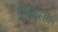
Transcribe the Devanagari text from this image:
मिकुलास